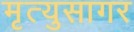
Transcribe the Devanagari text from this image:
मृत्युसागर